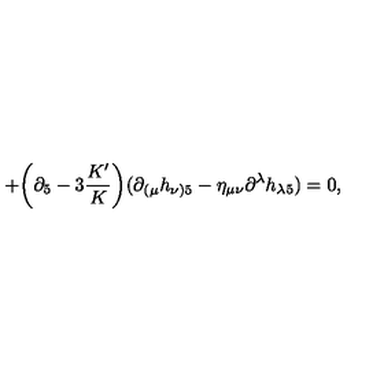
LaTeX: + \bigg ( \partial _ { 5 } - 3 \frac { K ^ { \prime } } { K } \bigg ) ( \partial _ { ( \mu } h _ { \nu ) 5 } - \eta _ { \mu \nu } \partial ^ { \lambda } h _ { \lambda 5 } ) = 0 ,